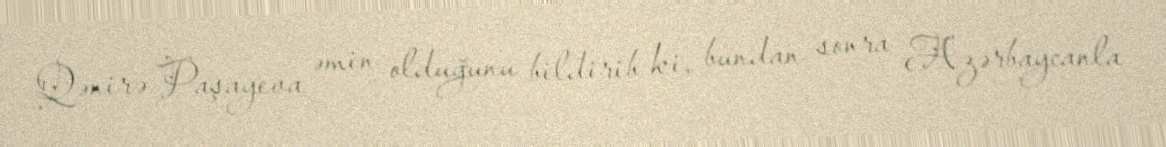
Qənirə Paşayeva əmin olduğunu bildirib ki, bundan sonra Azərbaycanla